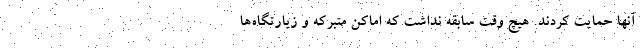
آنها حمایت کردند. هیچ وقت سابقه نداشت که اماکن متبرکه و زیارتگاه‌ها